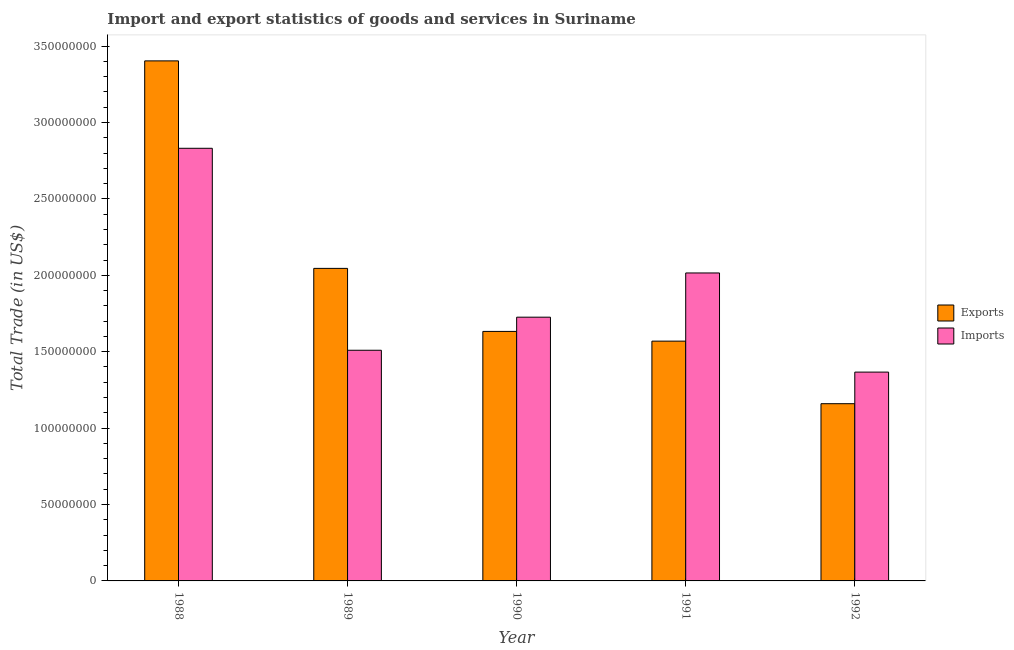
| Year | Exports | Imports |
 | --- | --- | --- |
 | 1988 | 3.4e+08 | 2.83e+08 |
 | 1989 | 2.05e+08 | 1.51e+08 |
 | 1990 | 1.63e+08 | 1.73e+08 |
 | 1991 | 1.57e+08 | 2.02e+08 |
 | 1992 | 1.16e+08 | 1.37e+08 |